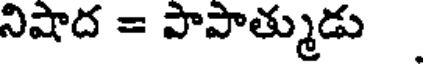
నిషాద = పాపాత్ముడు